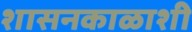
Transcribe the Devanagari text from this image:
शासनकाळाशी